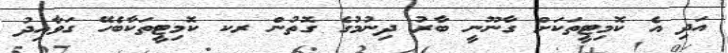
އަދި އެ ކޮމިޓީތަކަށް ގާނޫނީ ބާރު ދިނުމުގެ ގޮތުން ރކ ކޮމިޓީތަކާބެހޭ ގަވާއިދު